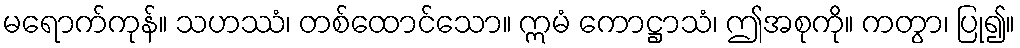
မရောက်ကုန်။ သဟဿံ၊ တစ်ထောင်သော။ ဣမံ ကောဋ္ဌာသံ၊ ဤအစုကို။ ကတွာ၊ ပြု၍။